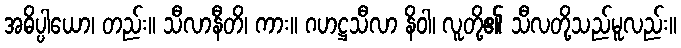
အဓိပ္ပါယော၊ တည်း။ သီလာနီတိ၊ ကား။ ဂဟဋ္ဌသီလာ နိဝါ၊ လူတို့၏ သီလတို့သည်မူလည်း။